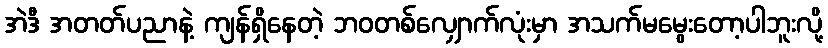
အဲဒီ အတတ်ပညာနဲ့ ကျန်ရှိနေတဲ့ ဘဝတစ်လျှောက်လုံးမှာ အသက်မမွေးတော့ပါဘူးလို့